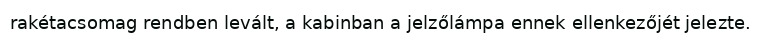
rakétacsomag rendben levált, a kabinban a jelzőlámpa ennek ellenkezőjét jelezte.